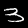
Digit: 3